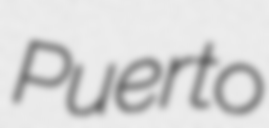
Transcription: Puerto